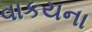
વાકયના